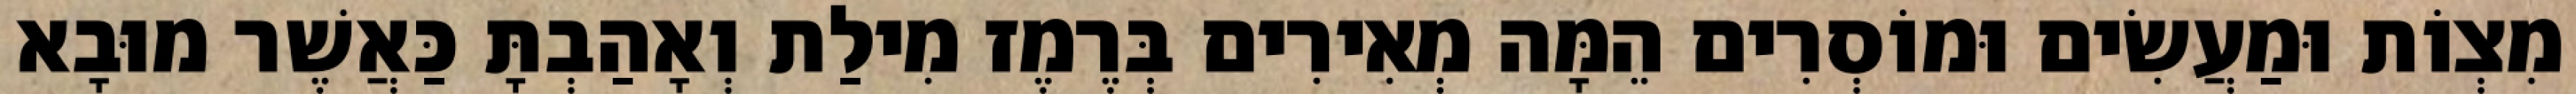
מִצְוֹת וּמַעֲשִׂים וּמוֹסְרִים הֵמָּה מְאִירִים בְּרֶמֶז מִילַת וְאָהַבְתָּ כַּאֲשֶׁר מוּבָא